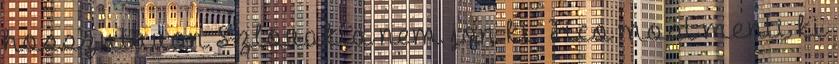
hosszutavon Szlovakia nem jon ki. Fico most menti ki